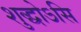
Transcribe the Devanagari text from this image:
शुद्धोऽसि